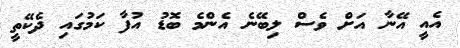
އެއީ އޭނާ އަށް ވެސް ލިބޭނެ އެންމެ ބޮޑު އުފާ ކަމުގައި ދެކޭތީ